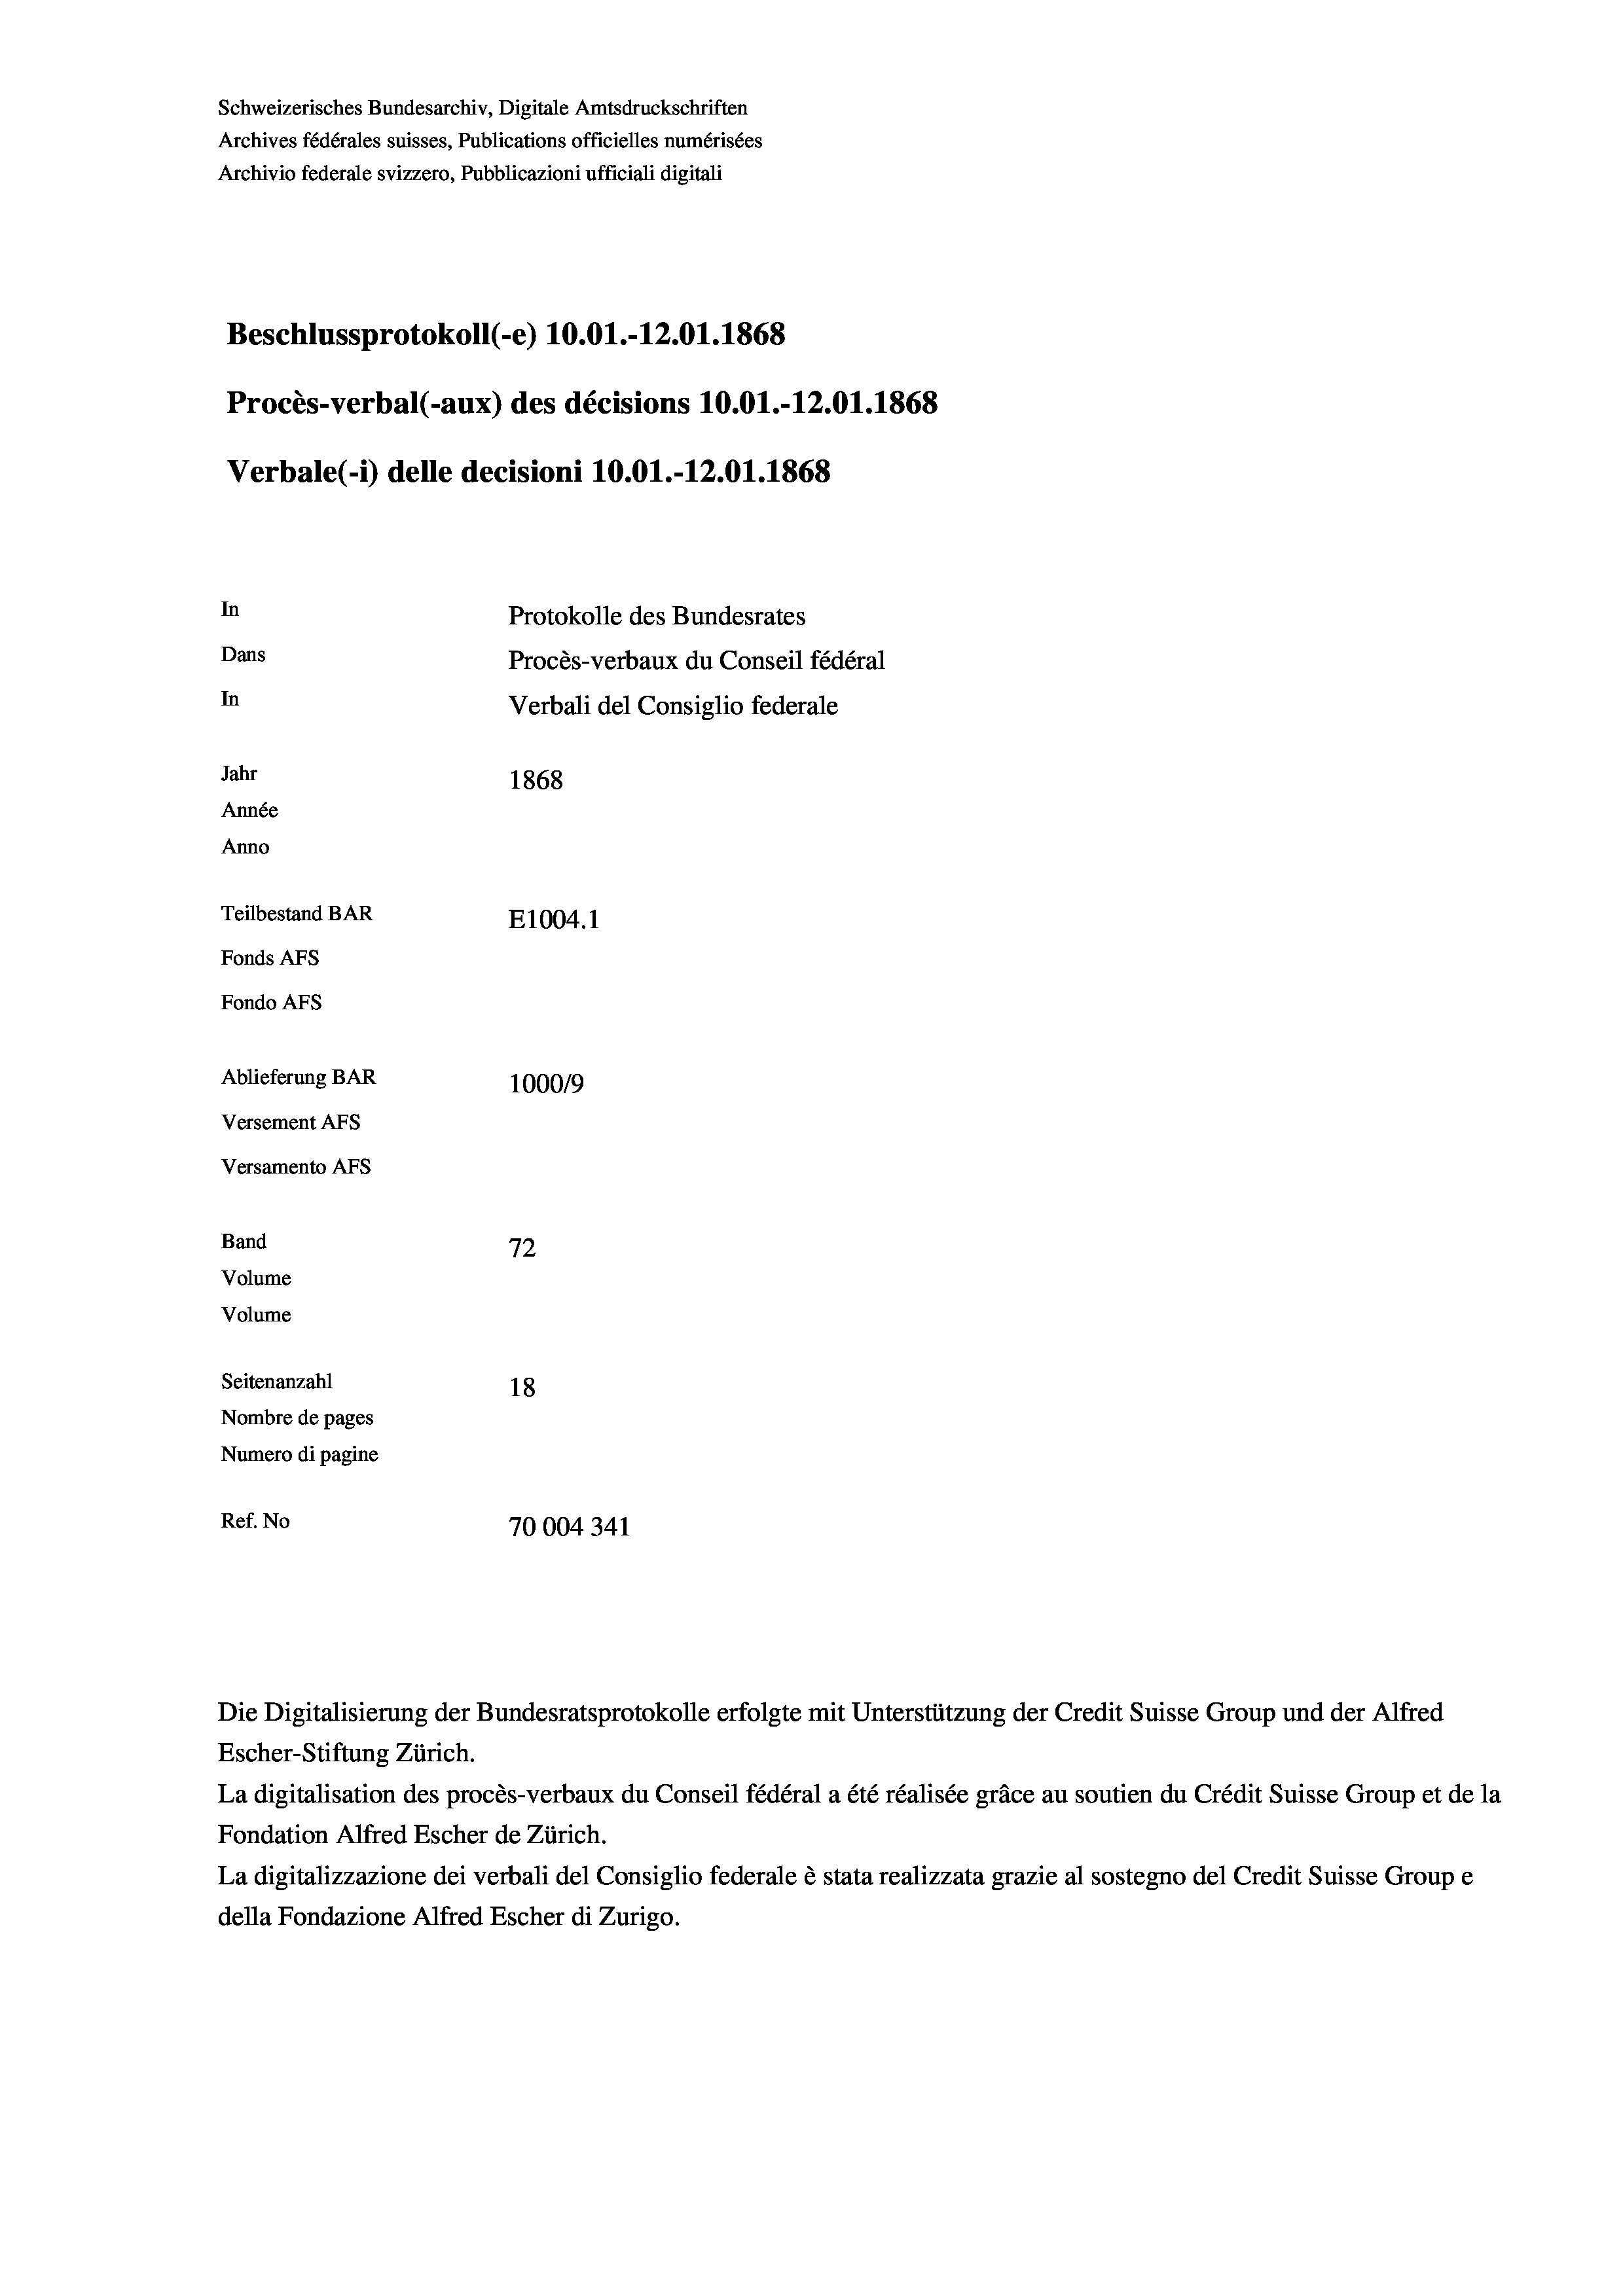
Schweizerisches Bundesarchiv, Digitale Amtsdruckschriften
Archives fédérales suisses, Publications officielles numérisées
Archivio federale svizzero, Pubblicazioni ufficiali digitali
Beschlussprotokoll (-e) 10.01.-12.01. 1868
Procès-verbal (-aux) des décisions 10.01.-12.01.1868
Verbale (- 1) delle decisioni 10.01.-12.01. 1868
In
Protokolle des Bundesrates
Dans
Procès-verbaux du Conseil fédéral
In
Verbali del Consiglio federale
Jahr
1868
Année
Anno
Teilbestand BAR
E1004. 1
Fonds AFs
Fondo Afs
Ablieferung BAR
100019
Versement AFs
Versamento AFs
e
Band
72
Volume
Volume
Seitenanzahl
18

Nombre de pages
Numero di pagine
Ref. No
70004341

Escher-Stiftung Zürich.
La digitalisation des procès-verbaux du Conseil fédéral a été réalisée gräce au soutien du Crédit Suisse Group et de la
Fondation Alfred Escher de Zürich.
La digitalizzazione dei verbali del Consiglio federale è stata realizzata grazie al sostegno del Credit Suisse Groupe
della Fondazione Alfred Escher di Zurigo.

Die Digitalisierung der Bundesratsprotokolle erfolgte mit Unterstützung der Credit Suisse Group und der Alfred